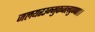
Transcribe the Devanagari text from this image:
जलयरउम्मुकजलपुण्णा।।